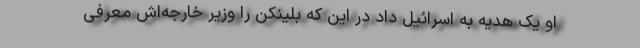
او یک هدیه به اسرائیل داد در این که بلینکن را وزیر خارجه‌اش معرفی